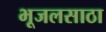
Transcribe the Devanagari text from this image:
भूजलसाठा